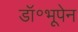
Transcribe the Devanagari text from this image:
डॉ॰भूपेन